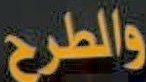
والطرح